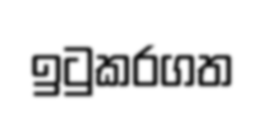
ඉටුකරගත